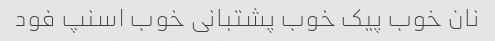
نان خوب پیک خوب پشتبانی خوب اسنپ فود